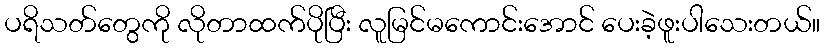
ပရိသတ်တွေကို လိုတာထက်ပိုပြီး လူမြင်မကောင်းအောင် ပေးခဲ့ဖူးပါသေးတယ်။